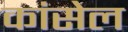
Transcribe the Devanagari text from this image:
कांसेल